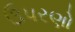
ઉપરણો